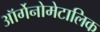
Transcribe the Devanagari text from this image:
ऑर्गेनोमेटालिक